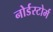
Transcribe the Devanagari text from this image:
नोर्डस्टोर्म